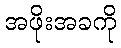
အဖိုးအခကို